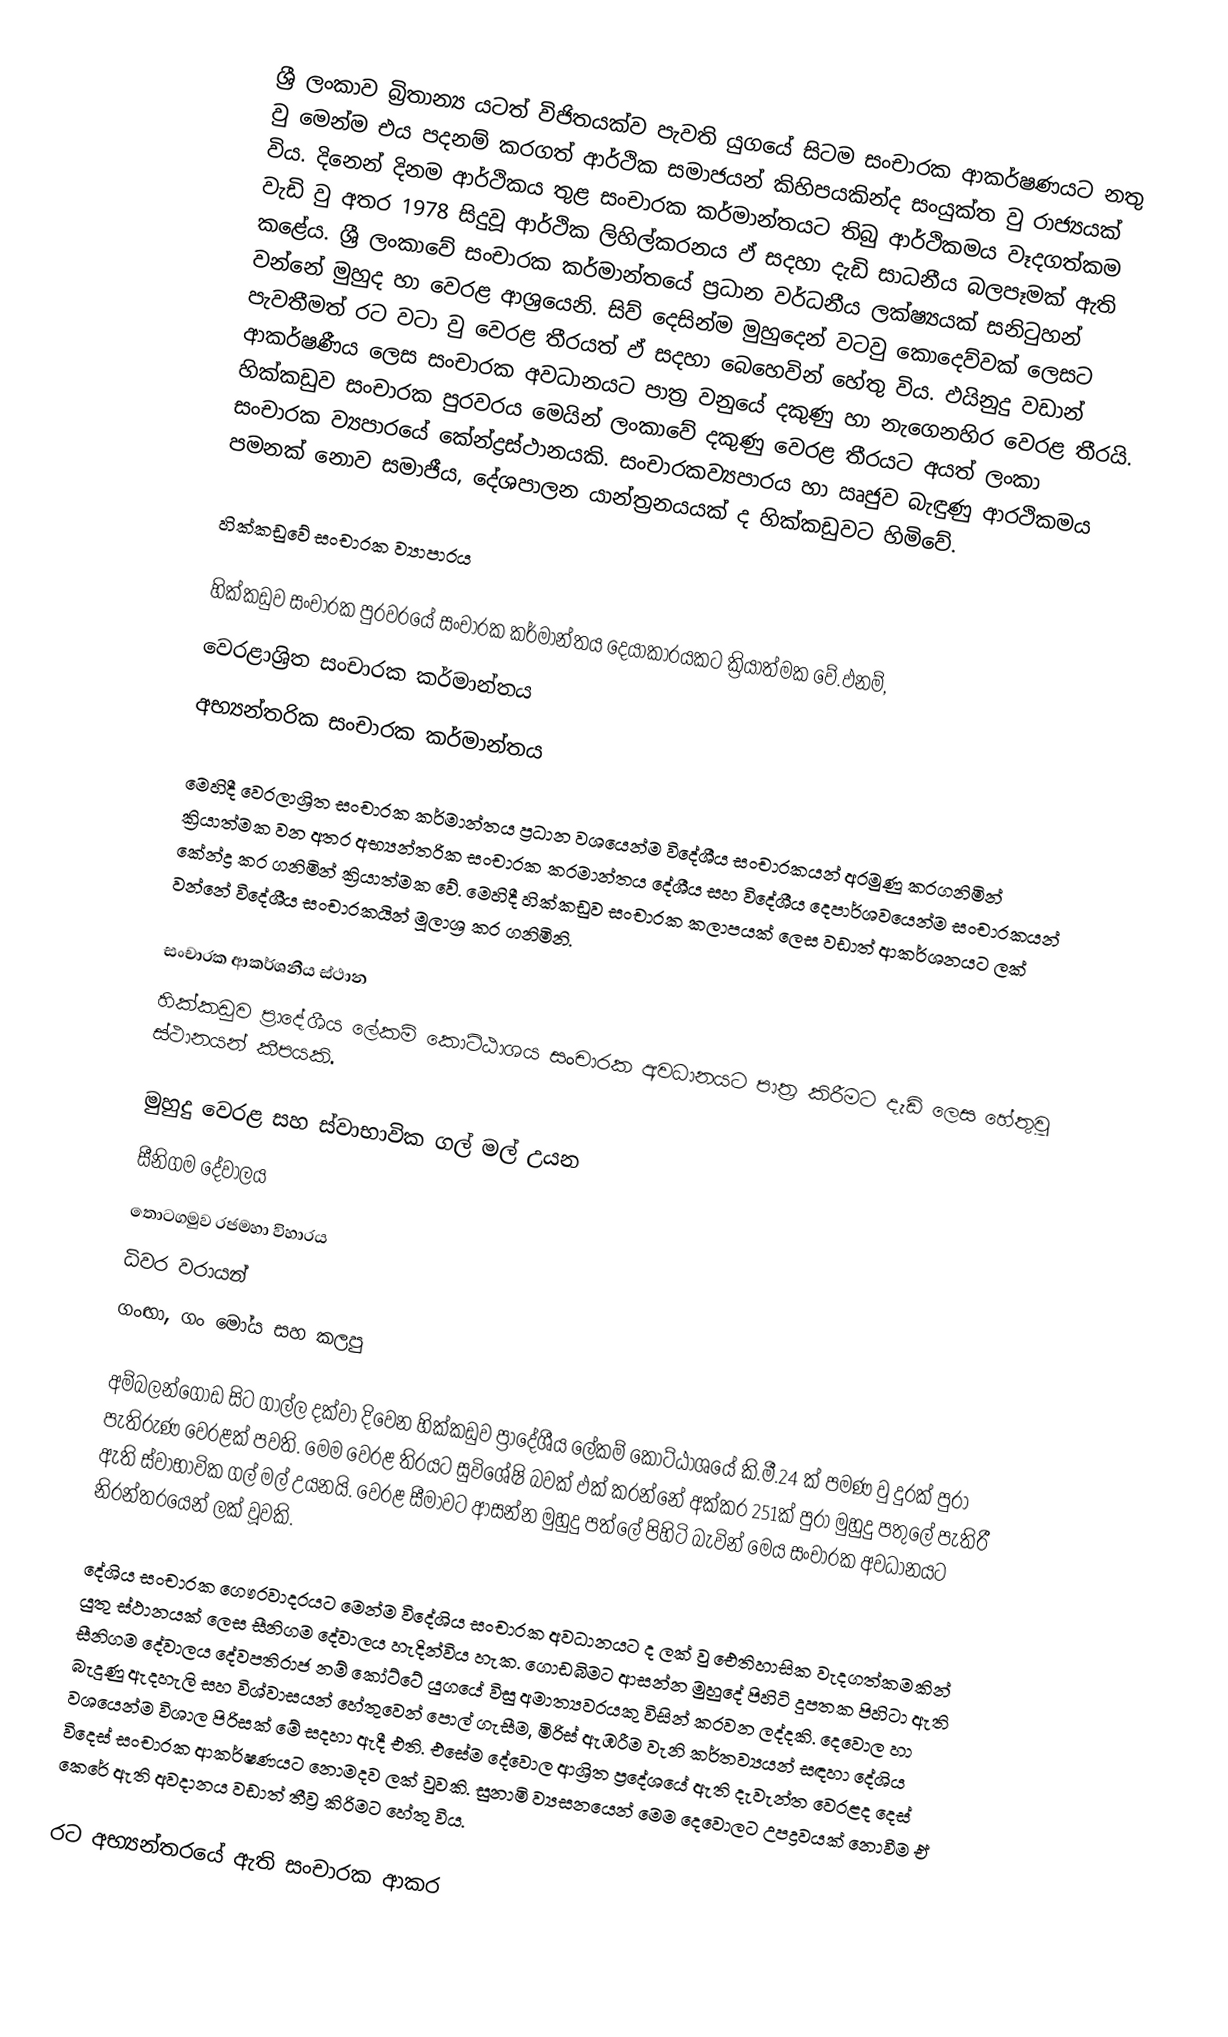
ශ්‍රී ලංකාව බ්‍රිතාන්‍ය යටත් විජිතයක්ව පැවති යුගයේ සිටම සංචාරක ආකර්ෂණයට නතු වු මෙන්ම එය පදනම් කරගත් ආර්ථික සමාජයන් කිහිපයකින්ද සංයුක්ත වු රාජ්‍යයක් විය. දිනෙන් දිනම ආර්ථිකය තුළ සංචාරක කර්මාන්තයට තිබු ආර්ථිකමය වෑදගත්කම වැඩි වු අතර 1978 සිදුවූ ආර්ථික ලිහිල්කරනය ඵ් සදහා දැඩි සාධනීය බලපෑමක් ඇති කළේය. ශ්‍රී ලංකාවේ සංචාරක කර්මාන්තයේ ප්‍රධාන වර්ධනීය ලක්ෂ්‍යයක් සනිටුහන් වන්නේ මුහුද හා වෙරළ ආශ්‍රයෙනි. සිව් දෙසින්ම මුහුදෙන් වටවු කොදෙව්වක් ලෙසට පැවතීමත් රට වටා වු වෙරළ තීරයත් ඵ් සදහා බෙහෙවින් හේතු විය. ඵයිනුදු වඩාන් ආකර්ෂණීය ලෙස සංචාරක අවධානයට පාත්‍ර වනුයේ දකුණු හා නැගෙනහිර වෙරළ තීරයි. හික්කඩුව සංචාරක පුරවරය මෙයින් ලංකාවේ දකුණු වෙරළ තීරයට අයත් ලංකා සංචාරක ව්‍යපාරයේ කේන්ද්‍රස්ථානයකි. සංචාරකව්‍යපාරය හා ඍජුව බැඳුණු ආරථිකමය පමනක් නොව සමාජීය, දේශපාලන යාන්ත්‍රනයයක් ද හික්කඩුවට හිමිවේ.

හික්කඩුවේ සංචාරක ව්‍යාපාරය

හික්කඩුව සංචාරක පුරවරයේ සංචාරක කර්මාන්තය දෙයාකාරයකට ක්‍රියාත්මක වේ.ඵනම්,
වෙරළාශ්‍රිත සංචාරක කර්මාන්තය
අභ්‍යන්තරික සංචාරක කර්මාන්තය

මෙහිදී වෙරලාශ්‍රිත සංචාරක කර්මාන්තය ප්‍රධාන වශයෙන්ම විදේශීය සංචාරකයන් අරමුණු කරගනිමින් ක්‍රියාත්මක වන අතර අභ්‍යන්තරික සංචාරක කරමාන්තය දේශීය සහ විදේශීය දෙපාර්ශවයෙන්ම සංචාරකයන් කේන්ද්‍ර කර ගනිමින් ක්‍රියාත්මක වේ. මෙහිදී හික්කඩුව සංචාරක කලාපයක් ලෙස වඩාත් ආකර්ශනයට ලක් වන්නේ විදේශීය සංචාරකයින් මූලාශ්‍ර කර ගනිමිනි.

සංචාරක ආකර්ශනීය ස්ථාන
හික්කඩුව ප්‍රාදේශීය ලේකම් කොට්ඨාශය සංචාරක අවධානයට පාත්‍ර කිරීමට දැඩි ලෙස හේතුවූ ස්ථානයන් කීපයකි.

මුහුදු වෙරළ සහ ස්වාභාවික ගල් මල් උයන
සීනිගම දේවාලය
තොටගමුව රජමහා විහාරය
ධිවර වරායන්
ගංඟා, ගං මෝය සහ කලපු

අම්බලන්ගොඩ සිට ගාල්ල දක්වා දිවෙන හික්කඩුව ප්‍රාදේශීය ලේකම් කොට්ඨාශයේ කි.මී.24 ක් පමණ වු දුරක් පුරා පැතිරුණ වෙරළක් පවති. මෙම වෙරළ තිරයට සුවිශේෂි බවක් ඵක් කරන්නේ අක්කර 251ක් පුරා මුහුදු පතුලේ පැතිරී ඇති ස්වාභාවික ගල් මල් උයනයි. වෙරළ සීමාවට ආසන්න මුහුදු පත්ලේ පිහිටි බැවින් මෙය සංචාරක අවධානයට නිරන්තරයෙන් ලක් වූවකි.

දේශිය සංචාරක ගෞරවාදරයට මෙන්ම විදේශිය සංචාරක අවධානයට ද ලක් වු ඓතිහාසික වැදගත්කමකින් යුතු ස්ථානයක් ලෙස සීනිගම දේවාලය හැදින්විය හැක. ගොඩබිමට ආසන්න මුහුදේ පිහිටි දුපතක පිහිටා ඇති සීනිගම දේවාලය දේවපතිරාජ නම් කෝට්ටේ යුගයේ විසු අමාත්‍යවරයකු විසින් කරවන ලද්දකි. දෙවොල හා බැදුණු ඇදහැලි සහ විශ්වාසයන් හේතුවෙන් පොල් ගැසීම, මිරිස් ඇඹරීම වැනි කර්තව්‍යයන් සඳහා දේශිය වශයෙන්ම විශාල පිරිසක් මේ සදහා ඇදී එති. එසේම දේවොල ආශ්‍රිත ප්‍රදේශයේ ඇති දැවැන්ත වෙරළද දෙස් විදෙස් සංචාරක ආකර්ෂණයට නොමදව ලක් වුවකි. සුනාමි ව්‍යසනයෙන් මෙම දෙවොලට උපද්‍රවයක් නොවීම ඒ කෙරේ ඇති අවදානය වඩාත් තීව්‍ර කිරිමට හේතු විය.

රට අභ්‍යන්තරයේ ඇති සංචාරක ආකර